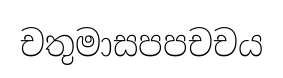
චතුමාසපපචචය